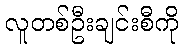
လူတစ်ဦးချင်းစီကို